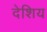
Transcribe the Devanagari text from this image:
देशिय